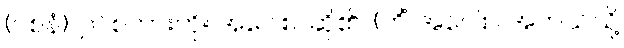
(ဝစနံ)၊ ဤစကားကို။ အဝေါစ၊ ဆို၏။ (ကိံ အဝေါစ၊ အဘယ်သို့